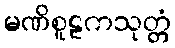
မဏိစူဠကသုတ္တံ